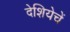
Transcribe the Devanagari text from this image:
देशियेचें